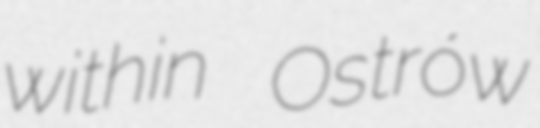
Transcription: within Ostrów